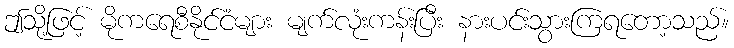
ဤသို့ဖြင့် မိုကရေစီနိုင်ငံများ မျက်လုံးကန်းပြီး နားပင်းသွားကြရတော့သည်။